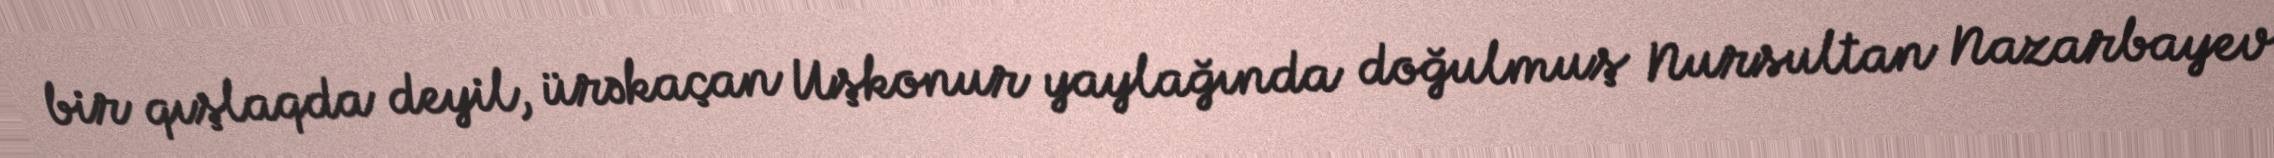
bir qışlaqda deyil, ürəkaçan Uşkonur yaylağında doğulmuş Nursultan Nazarbayev